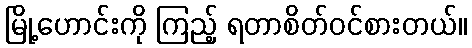
မြို့ဟောင်းကို ကြည့် ရတာစိတ်ဝင်စားတယ်။